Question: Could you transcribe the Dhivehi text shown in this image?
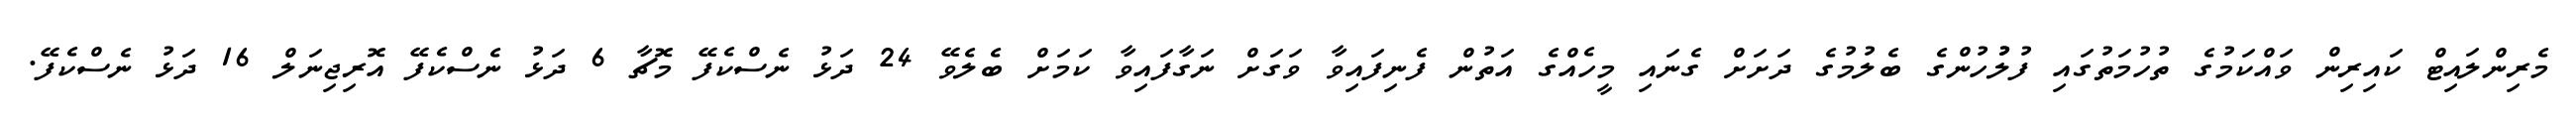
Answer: މެރިންލައިޓް ކައިރިން ވައްކަމުގެ ތުހުމަތުގައި ފުލުުހުންގެ ބެލުމުގެ ދަށަށް ގެނައި މީހެއްގެ އަތުން ފެނިފައިވާ ވަގަށް ނަގާފައިވާ ކަމަށް ބެލެވޭ 24 ދަޅު ނެސްކެފޭ މޮޗާ 6 ދަޅު ނެސްކެފޭ އޮރިޖިނަލް 16 ދަޅު ނެސްކެފޭ.